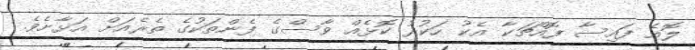
ލޮއެ ފައިސާ ފޮއްޗަކާ އެކު ހަކުރު ކޮޅެއް ވާސްގެ ފެންތަކުގެ ތެރެއަށް އަޅާށެވެ.